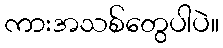
ကားအသစ်တွေပါပဲ။